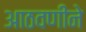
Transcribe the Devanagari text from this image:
आठवणीने